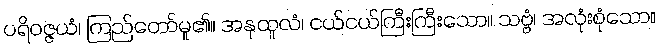
ပရိဝဇ္ဇယံ၊ ကြည်တော်မူ၏။ အနုထူလံ၊ ငယ်ငယ်ကြီးကြီးသော။ သဗ္ဗံ၊ အလုံးစုံသော။